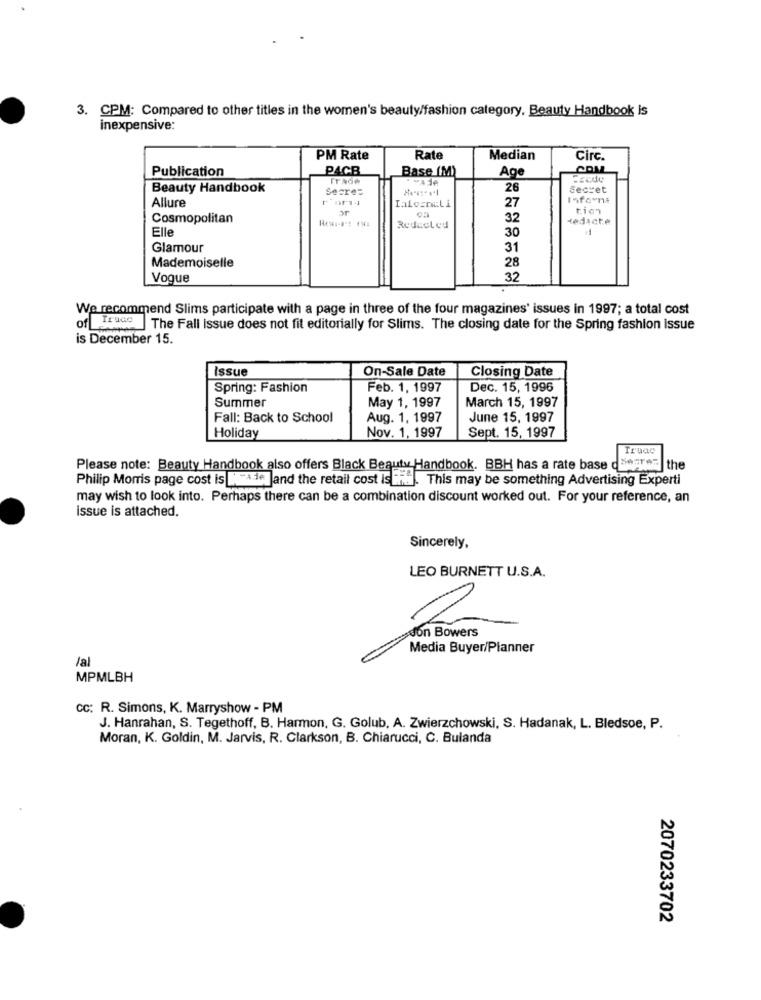
3. CPM: Compared to other titles in the women's beauty/fashion category, Beauty Handbook is
inexpensive:
PM Rate
Rate
Median
Circ.
Publication
P4CB
Base (M)
Age
ITAGA
Beauty Handbook
Secres
26
Secret
Allure
27
Informa
Ialesrali
tion
Cosmopolitan
32
Redacte
Elle
Redacted
1
30
Glamour
31
Mademoiselle
28
Vogue
32
We recommend Slims participate with a page in three of the four magazines' issues in 1997; a total cost
of Traco
14 ]The Fall issue does not fit editorially for Slims. The closing date for the Spring fashion issue
is December 15.
Issue
On-Sale Date
Closing Date
Spring: Fashion
Feb. 1, 1997
Dec. 15, 1996
Summer
May 1, 1997
March 15, 1997
Fall: Back to School
Aug. 1, 1997
June 15, 1997
Holiday
Nov. 1, 1997
Sept. 15, 1997
Please note: Beauty Handbook also offers Black Beauty Handbook. BBH has a rate base degr
Begren the
Philip Morris page cost is Musde Jand the retail cost isthe. This may be something Advertising Experti
may wish to look into. Perhaps there can be a combination discount worked out. For your reference, an
issue is attached.
Sincerely,
LEO BURNETT U.S.A.
Media Buyer/Planner
/al
MPMLBH
cc: R. Simons, K. Marryshow - PM
J. Hanrahan, S. Tegethoff, B. Harmon, G. Golub, A. Zwierzchowski, S. Hadanak, L. Bledsoe, P.
Moran, K. Goldin, M. Jarvis, R. Clarkson, B. Chiarucci, C. Bulanda
2070233702